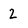
Character: 2